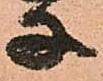
子